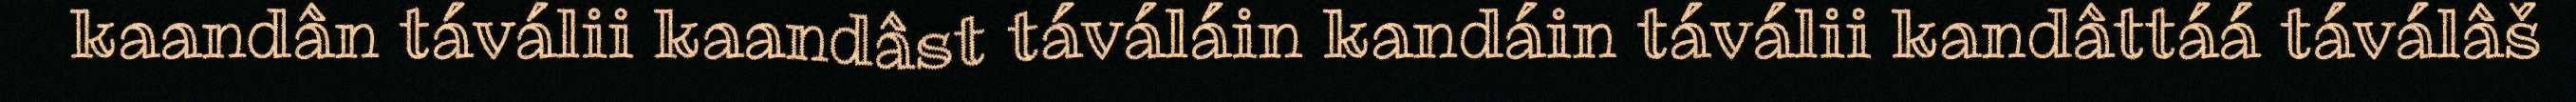
kaandân táválii kaandâst táváláin kandáin táválii kandâttáá táválâš